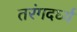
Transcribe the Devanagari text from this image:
तरंगदर्घ्य